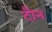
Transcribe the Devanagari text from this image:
टौन